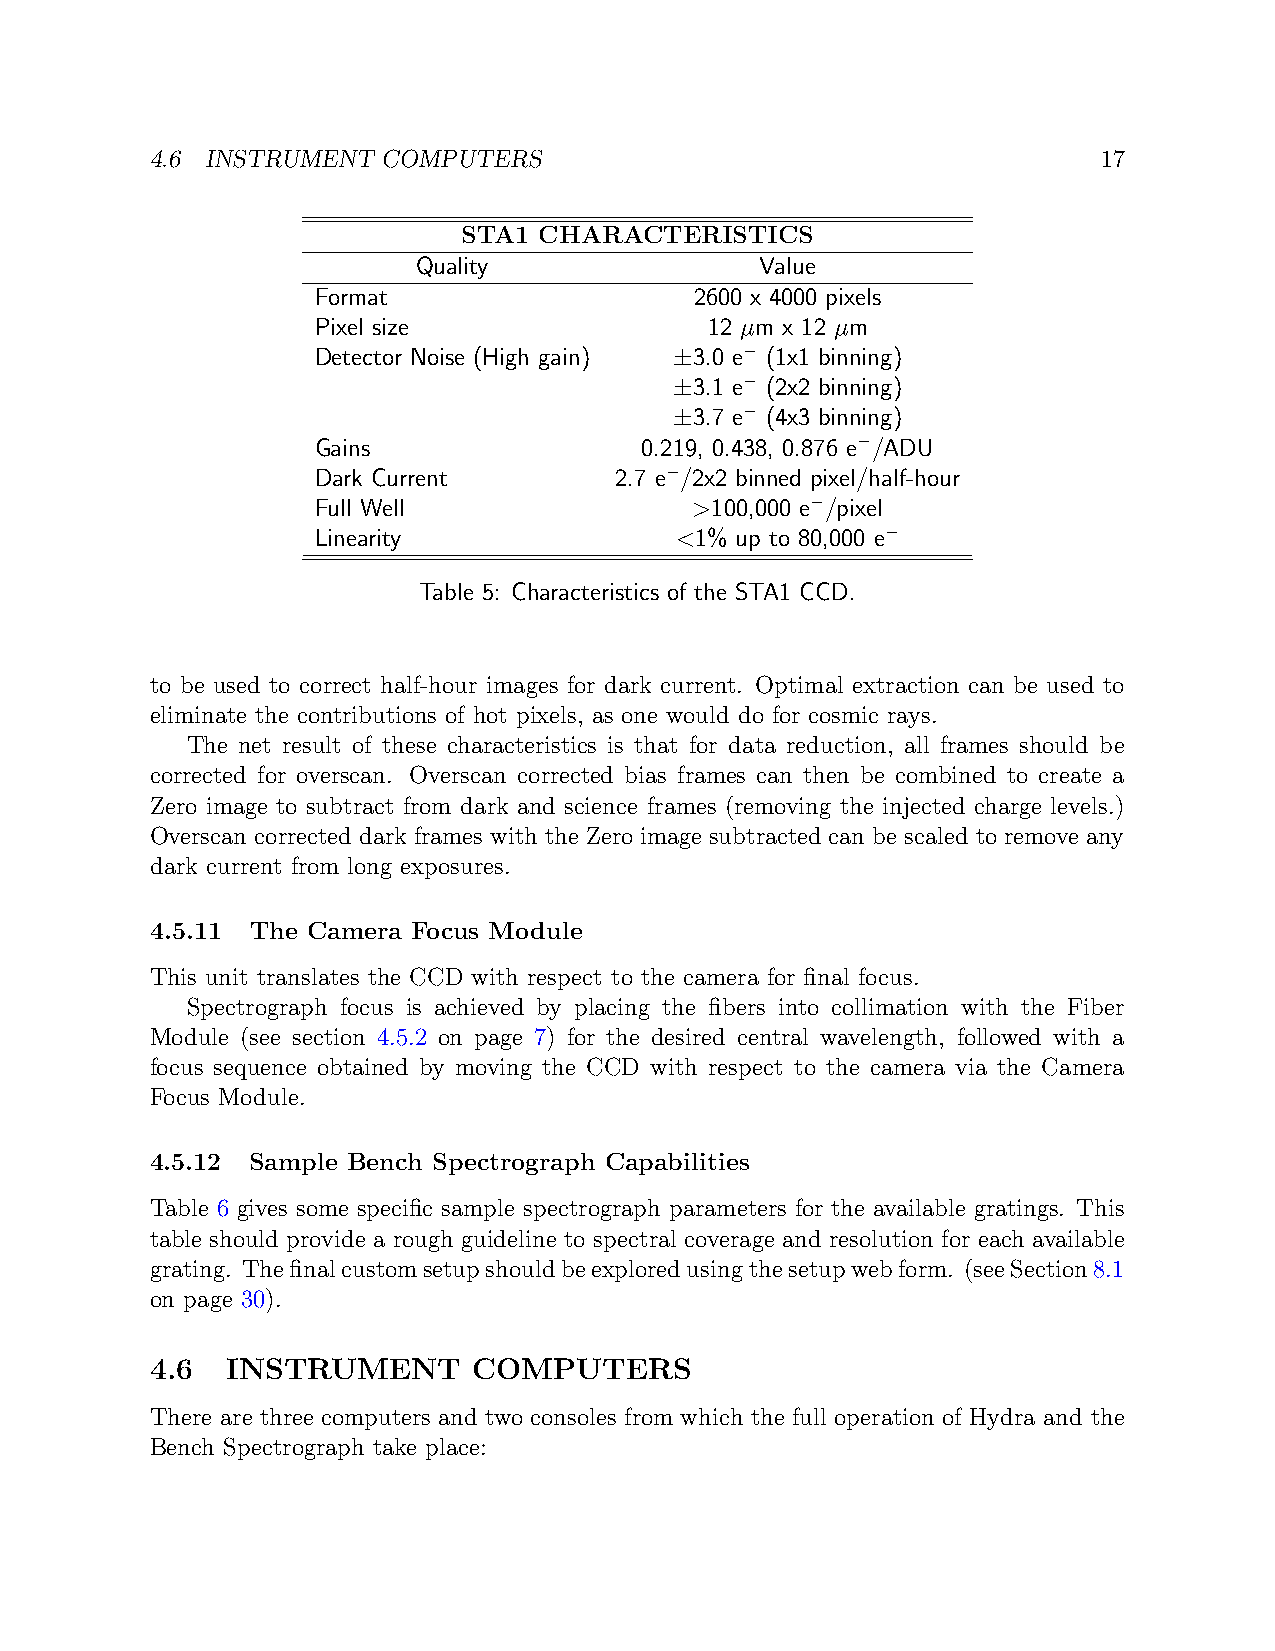
4.6 INSTRUMENT COMPUTERS                                       17
 STA1 CHARACTERISTICS
 Quality               Value
 Format                   2600 x 4000 pixels
 Pixel size                12 µm x 12 µm
 Detector Noise (High gain) ±3.0 e− (1x1 binning)
 ±3.1 e− (2x2 binning)
 ±3.7 e− (4x3 binning)
 Gains                0.219, 0.438, 0.876 e−/ADU
 Dark Current        2.7 e−/2x2 binned pixel/half-hour
 Full Well                >100,000 e−/pixel
 Linearity               <1% up to 80,000 e−
 Table 5: Characteristics of the STA1 CCD.
 to be used to correct half-hour images for dark current. Optimal extraction can be used to
 eliminate the contributions of hot pixels, as one would do for cosmic rays.
 The net result of these characteristics is that for data reduction, all frames should be
 corrected for overscan. Overscan corrected bias frames can then be combined to create a
 Zero image to subtract from dark and science frames (removing the injected charge levels.)
 Overscan corrected dark frames with the Zero image subtracted can be scaled to remove any
 dark current from long exposures.
 4.5.11 The Camera Focus Module
 This unit translates the CCD with respect to the camera for final focus.
 Spectrograph focus is achieved by placing the fibers into collimation with the Fiber
 Module (see section 4.5.2 on page 7) for the desired central wavelength, followed with a
 focus sequence obtained by moving the CCD with respect to the camera via the Camera
 Focus Module.
 4.5.12 Sample Bench Spectrograph Capabilities
 Table 6 gives some specific sample spectrograph parameters for the available gratings. This
 table should provide a rough guideline to spectral coverage and resolution for each available
 grating. Thefinalcustomsetupshouldbeexploredusingthesetupwebform. (seeSection8.1
 on page 30).
 4.6  INSTRUMENT      COMPUTERS
 There are three computers and two consoles from which the full operation of Hydra and the
 Bench Spectrograph take place: